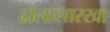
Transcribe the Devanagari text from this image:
ढोलासारखा